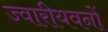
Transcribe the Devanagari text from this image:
ज्वारीयवनों